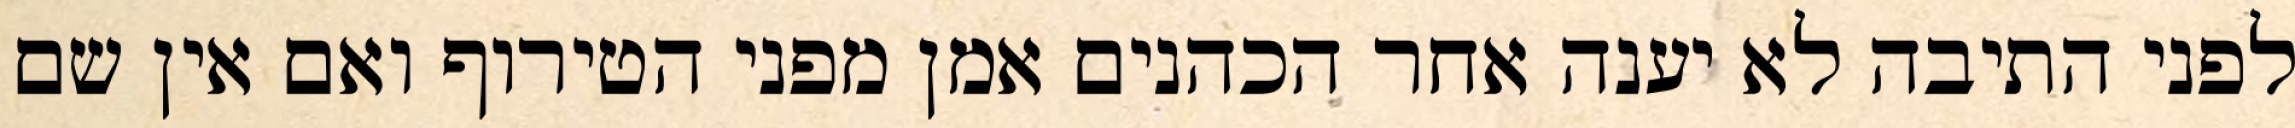
לפני התיבה לא יענה אחר הכהנים אמן מפני הטירוף ואם אין שם